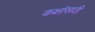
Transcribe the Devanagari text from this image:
कक्षांसाठी